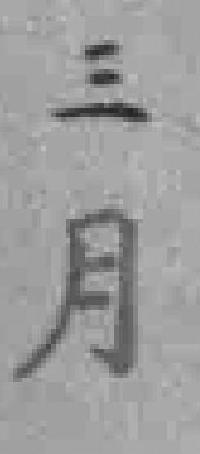
三月